Scottish Leaving Certificate Examination, 1952
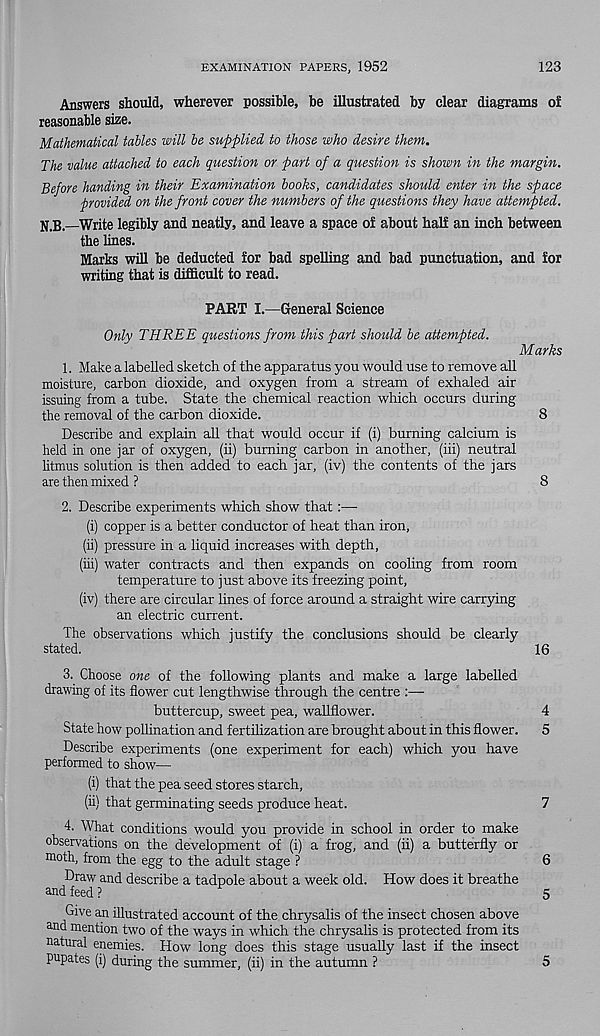
EXAMINATION PAPERS, 1952
123
Answers should, wherever possible, be illustrated by clear diagrams of
reasonable size.
Mathematical tables will be supplied to those who desire them.
The value attached to each question or part of a question is shown in the margin.
Before handing in their Examination books, candidates should enter in the space
provided on the front cover the numbers of the questions they have attempted.
N.B.—Write legibly and neatly, and leave a space of about half an inch between
the lines.
Marks will be deducted for bad spelling and bad punctuation, and for
writing that is difficult to read.
PART I.—General Science
Only THREE questions from this part should be attempted.
Marks
1. Make a labelled sketch of the apparatus you would use to remove all
moisture, carbon dioxide, and oxygen from a stream of exhaled air
issuing from a tube. State the chemical reaction which occurs during
the removal of the carbon dioxide.
8
Describe and explain all that would occur if (i) burning calcium is
held in one jar of oxygen, (ii) burning carbon in another, (hi) neutral
litmus solution is then added to each jar, (iv) the contents of the jars
are then mixed ?
8
2. Describe experiments which show that:—-
(i) copper is a better conductor of heat than iron,
(ii) pressure in a liquid increases with depth,
(hi) water contracts and then expands on cooling from room
temperature to just above its freezing point,
(iv) there are circular lines of force around a straight wire carrying
an electric current.
The observations which justify the conclusions should be clearly
stated.
16
3. Choose one of the following plants and make a large labelled
drawing of its flower cut lengthwise through the centre :—-
buttercup, sweet pea, wallflower.
4
State how pollination and fertilization are brought about in this flower. 5
Describe experiments (one experiment for each) which you have
performed to show—
(i) that the pea seed stores starch,
(ii) that germinating seeds produce heat.
7
4. What conditions would you provide in school in order to make
observations on the development of (i) a frog, and (ii) a butterfly or
moth, from the egg to the adult stage ?
6
Draw and describe a tadpole about a week old. How does it breathe
and feed ?
5
Give an illustrated account of the chrysalis of the insect chosen above
and mention two of the ways in which the chrysalis is protected from its
natural enemies. How long does this stage usually last if the insect
pupates (i) during the summer, (ii) in the autumn ?
5